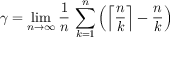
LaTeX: \gamma = \operatorname* { l i m } _ { n \to \infty } { \frac { 1 } { n } } \, \sum _ { k = 1 } ^ { n } \left( \left\lceil { \frac { n } { k } } \right\rceil - { \frac { n } { k } } \right)